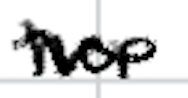
Text: her
Cross-out: wave
Writing tool: digital_black